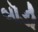
બૉડી